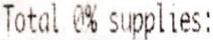
TOTAL 0% SUPPLIES: